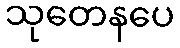
သုတေနပေ